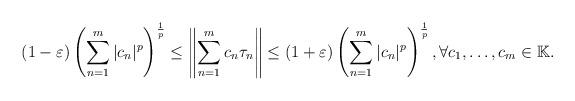
LaTeX: \begin{align*}(1-\varepsilon)\left(\sum_{n=1}^{m}|c_n|^p \right)^\frac{1}{p}\leq \left\|\sum_{n=1}^{m}c_n\tau_n\right\|\leq (1+\varepsilon)\left(\sum_{n=1}^{m}|c_n|^p \right)^\frac{1}{p}, \forall c_1, \dots, c_m \in \mathbb{K}.\end{align*}